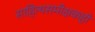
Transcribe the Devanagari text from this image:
साहित्यसमीक्षकही